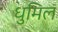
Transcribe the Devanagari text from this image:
धुमिल